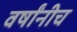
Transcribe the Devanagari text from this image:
वर्षांनीच